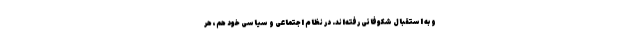
و به استقبال شکوفائی رفته‌اند. در نظام اجتماعی و سیاسی خود هم، هر